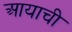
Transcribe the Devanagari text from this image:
आयाची